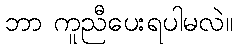
ဘာ ကူညီပေးရပါမလဲ။